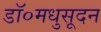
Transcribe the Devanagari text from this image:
डॉ०मधुसूदन